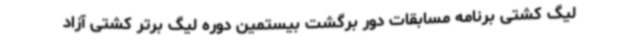
لیگ کشتی برنامه مسابقات دور برگشت بیستمین دوره لیگ برتر کشتی آزاد